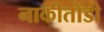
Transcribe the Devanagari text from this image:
नाकीतोंडी